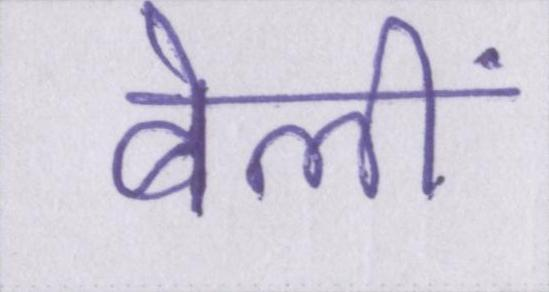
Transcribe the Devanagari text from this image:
बेलीं